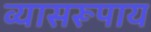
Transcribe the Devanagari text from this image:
व्यासरूपाय